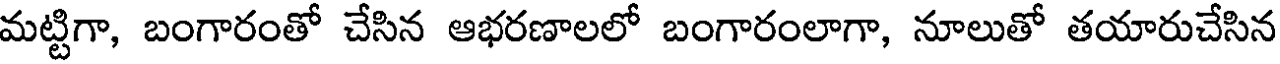
మట్టిగా, బంగారంతో చేసిన ఆభరణాలలో బంగారంలాగా, నూలుతో తయారుచేసిన